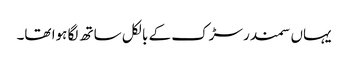
یہاں سمندر سڑک کے بالکل ساتھ لگا ہوا تھا۔